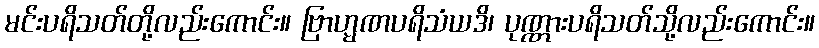
မင်းပရိသတ်တို့လည်းကောင်း။ ဗြာဟ္မဏပရိသံယဒိ၊ ပုဏ္ဏားပရိသတ်သို့လည်းကောင်း။